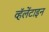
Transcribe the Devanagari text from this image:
व्हॅलेंटाइन